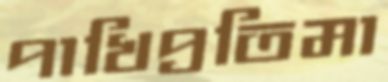
পাখিপ্রতিমা